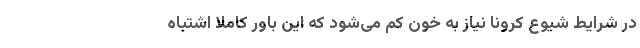
در شرایط شیوع کرونا نیاز به خون کم می‌شود که این باور کاملا اشتباه